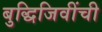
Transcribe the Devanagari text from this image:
बुद्धिजिवींची